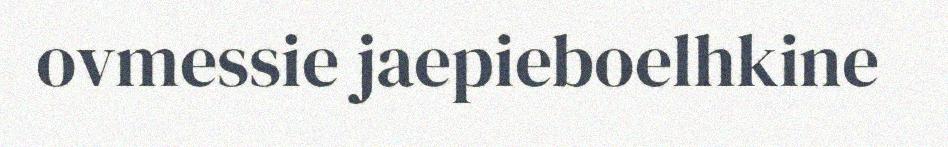
ovmessie jaepieboelhkine